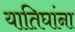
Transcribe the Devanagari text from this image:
यातिघांना